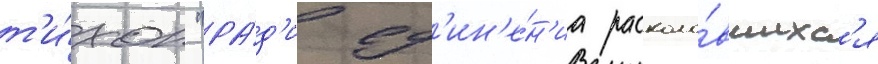
т'и́хон "ра́д'и ед'ин'е́н'иа расколо́вшихс'я